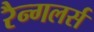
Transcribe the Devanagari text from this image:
रैन्गलर्स